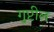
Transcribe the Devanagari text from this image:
गुप्टील